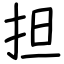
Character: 担